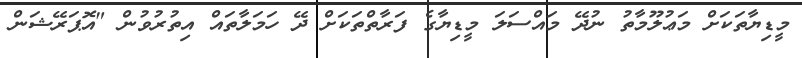
މީޑިޔާތަކަށް މަޢުލޫމާތު ނުދޭ މައްސަލަ މީޑިޔާގެ ފަރާތްތަކަށް ދޭ ހަމަލާތައް އިތުރުވުން "އޮޕަރޭޝަން